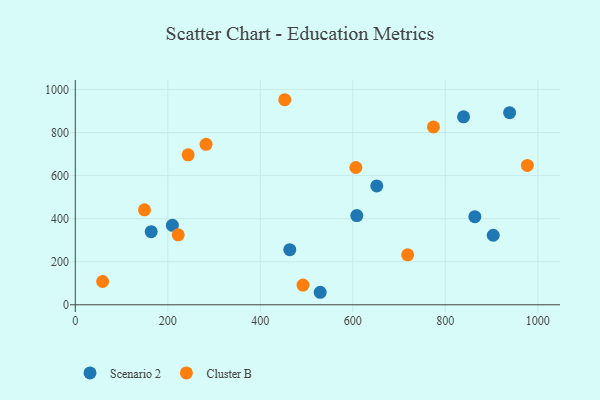
{"axis": {"x": "Investment", "y": "Yield"}, "legend": ["Cluster B", "Scenario 2"], "data": [{"x": "529.5", "y": 58.1, "type": "Scenario 2"}, {"x": "209.9", "y": 369.1, "type": "Scenario 2"}, {"x": "463.7", "y": 256.0, "type": "Scenario 2"}, {"x": "608.6", "y": 414.1, "type": "Scenario 2"}, {"x": "651.8", "y": 551.9, "type": "Scenario 2"}, {"x": "939.0", "y": 892.2, "type": "Scenario 2"}, {"x": "164.1", "y": 339.7, "type": "Scenario 2"}, {"x": "863.8", "y": 409.3, "type": "Scenario 2"}, {"x": "839.4", "y": 872.7, "type": "Scenario 2"}, {"x": "903.6", "y": 323.0, "type": "Scenario 2"}, {"x": "59.1", "y": 108.1, "type": "Cluster B"}, {"x": "492.3", "y": 91.6, "type": "Cluster B"}, {"x": "149.6", "y": 441.2, "type": "Cluster B"}, {"x": "774.3", "y": 826.0, "type": "Cluster B"}, {"x": "606.6", "y": 637.6, "type": "Cluster B"}, {"x": "452.9", "y": 952.3, "type": "Cluster B"}, {"x": "222.5", "y": 324.8, "type": "Cluster B"}, {"x": "718.6", "y": 231.8, "type": "Cluster B"}, {"x": "282.7", "y": 745.0, "type": "Cluster B"}, {"x": "244.0", "y": 696.6, "type": "Cluster B"}, {"x": "977.4", "y": 647.2, "type": "Cluster B"}]}